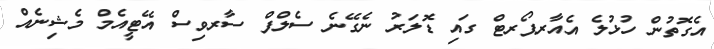
އެގޮތުން ހުޅުލެ އެއާރޕޯރޓް ގައި ޑޮލަރު ނެގޭނެ ސެލްފް ސާރވިސް އޭޓީއެމް މެޝިނެއް